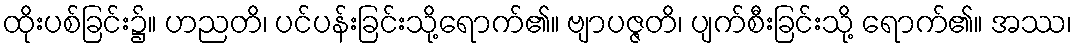
ထိုးပစ်ခြင်း၌။ ဟညတိ၊ ပင်ပန်းခြင်းသို့ရောက်၏။ ဗျာပဇ္ဇတိ၊ ပျက်စီးခြင်းသို့ ရောက်၏။ အဿ၊